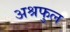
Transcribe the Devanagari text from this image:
अश्रफुल